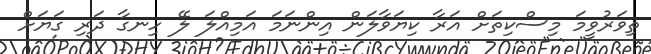
ތިވަރުވީމަ މިސްކިތަށް އަރާ ކިޔަވާލަން އިންނަމަ އަމިއްލަ ލޭ ހިނގާ ދަރި ގަޔަށް